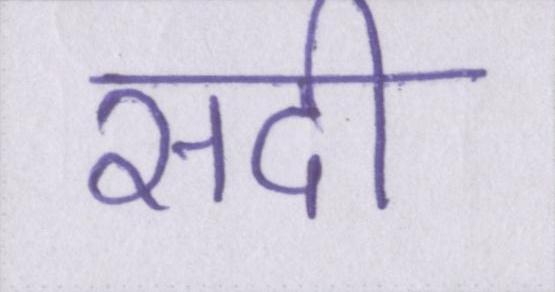
सदी